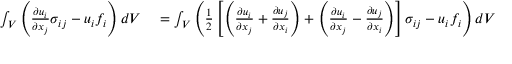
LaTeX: \begin{array} { r l } { \int _ { V } \left( { \frac { \partial u _ { i } } { \partial x _ { j } } } \sigma _ { i j } - u _ { i } f _ { i } \right) d V } & { { } = \int _ { V } \left( { \frac { 1 } { 2 } } \left[ \left( { \frac { \partial u _ { i } } { \partial x _ { j } } } + { \frac { \partial u _ { j } } { \partial x _ { i } } } \right) + \left( { \frac { \partial u _ { i } } { \partial x _ { j } } } - { \frac { \partial u _ { j } } { \partial x _ { i } } } \right) \right] \sigma _ { i j } - u _ { i } f _ { i } \right) d V } \end{array}